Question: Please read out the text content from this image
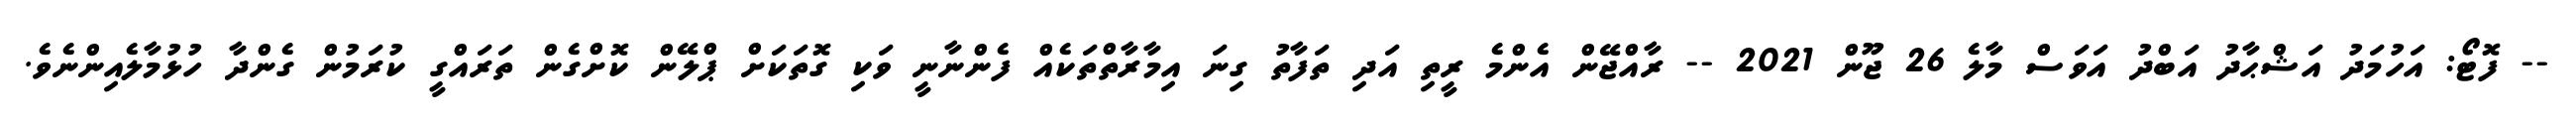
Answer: -- ފޮޓޯ: އަހުމަދު އަޝްޙާދު އަބްދު އަވަސް މާލެ 26 ޖޫން 2021 -- ރާއްޖޭން އެންމެ ރީތި އަދި ތަފާތު ގިނަ އިމާރާތްތަކެއް ފެންނާނީ ވަކި ގޮތަކަށް ޕްލޭން ކޮށްގެން ތަރައްގީ ކުރަމުން ގެންދާ ހުޅުމާލެއިންނެވެ.